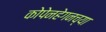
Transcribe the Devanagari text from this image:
कोपेनहेगनच्या